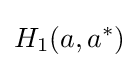
H_{1}(a,a^{*})